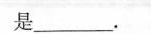
是___.